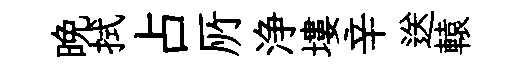
晩拭占𠩄浄塿辛送轅